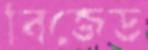
বিজেড